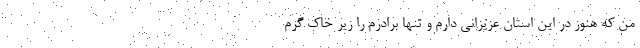
من که هنوز در این استان عزیزانی دارم و تنها برادرم را زیر خاک گرم